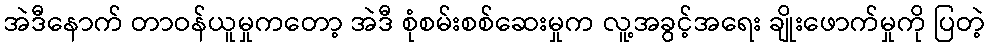
အဲဒီနောက် တာဝန်ယူမှုကတော့ အဲဒီ စုံစမ်းစစ်ဆေးမှုက လူ့အခွင့်အရေး ချိုးဖောက်မှုကို ပြတဲ့